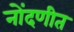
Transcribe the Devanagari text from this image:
नोंदणीत